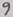
Text: 9